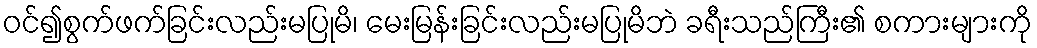
ဝင်၍စွက်ဖက်ခြင်းလည်းမပြုမိ၊ မေးမြန်းခြင်းလည်းမပြုမိဘဲ ခရီးသည်ကြီး၏ စကားများကို